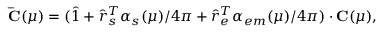
{ \bf \bar { C } } ( \mu ) = ( \hat { 1 } + \hat { r } _ { s } ^ { T } \alpha _ { s } ( \mu ) / 4 \pi + \hat { r } _ { e } ^ { T } \alpha _ { e m } ( \mu ) / 4 \pi ) \cdot { \bf C } ( \mu ) ,